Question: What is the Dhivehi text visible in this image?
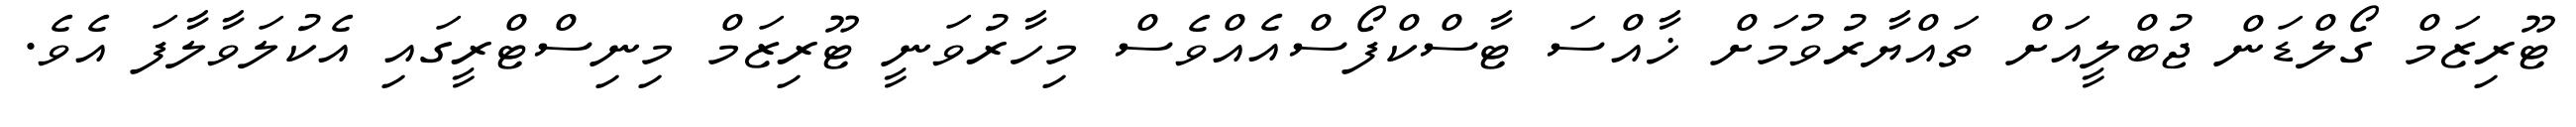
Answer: ޓޫރިޒަމް ގޯލްޑަން ޖުބްލީއަށް ތައްޔާރުވުމަށް ޚާއްސަ ޓާސްކްފޯސްއެއްވެސް މިހާރުވަނީ ޓޫރިޒަމް މިނިސްޓްރީގައި އެކުލަވާލާފަ އެވެ.